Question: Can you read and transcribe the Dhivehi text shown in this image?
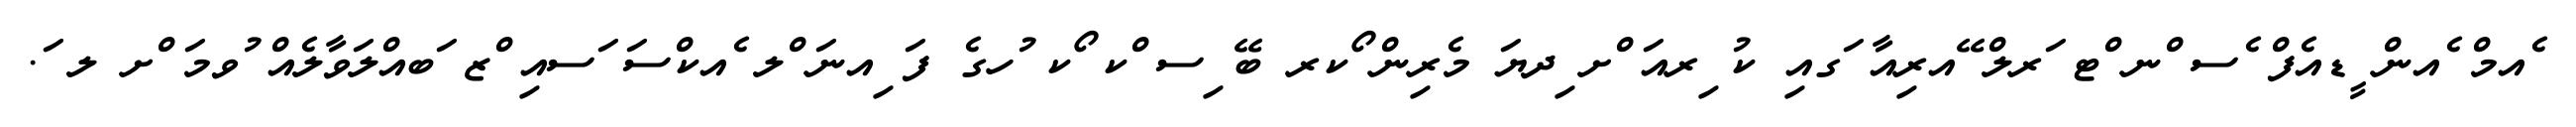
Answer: ެއމް ެއން ީޑއެފް ެސ ްނ ްޓ ަރލް ޭއރިއާ ަގއި ކު ިރއަ ްށ ިދޔަ މެރިން ޯކރ ބޭ ިސ ްކ ޯކ ުހގެ ފަ ިއނަ ްލ ެއކްސަ ަސއި ްޒ ަބއްލަވާލެއް ުވމަ ްށ ލ ަ.